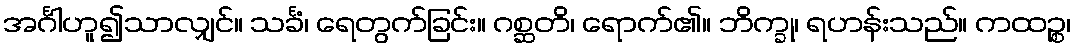
အင်္ဂါဟူ၍သာလျှင်။ သင်္ခံ၊ ရေတွက်ခြင်း။ ဂစ္ဆတိ၊ ရောက်၏။ ဘိက္ခု၊ ရဟန်းသည်။ ကထဉ္စ၊